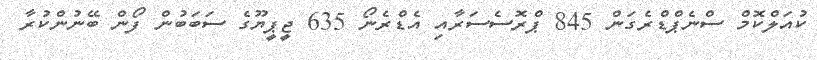
ކުއަލްކޮމް ސްނެޕްޑްރެގަން 845 ޕްރޮސެސަރާއި އެޑްރެނޯ 635 ޖީޕީޔޫގެ ސަބަބުން ފޯން ބޭނުންކުރާ